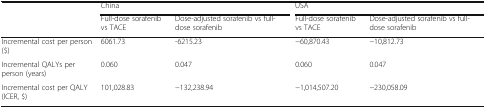
| <ROWSPAN=2>  | <COLSPAN=2> China | <COLSPAN=2> USA |
 | Full-dose sorafenib vs TACE | Dose-adjusted sorafenib vs full-dose sorafenib | Full-dose sorafenib vs TACE | Dose-adjusted sorafenib vs full-dose sorafenib |
 | --- | --- | --- | --- | --- |
 | Incremental cost per person ($) | 6061.73 | -6215.23 | −60,870.43 | −10,812.73 |
 | Incremental QALYs per person (years) | 0.060 | 0.047 | 0.060 | 0.047 |
 | Incremental cost per QALY (ICER, $) | 101,028.83 | −132,238.94 | −1,014,507.20 | −230,058.09 |